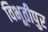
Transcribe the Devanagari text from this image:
विभूतीपुर